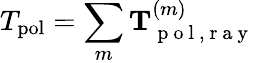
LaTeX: T_{\mathrm{pol}}=\sum_{m}\mathbf{T}_{\mathrm{~p~o~l~,~r~a~y~}}^{(m)}